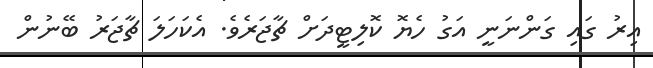
އިރު ގައި ގަންނަނީ އަގު ހެޔޮ ކޮލިޓީދަށް ޗާޖަރެވެ. އެކަހަލަ ޗާޖަރު ބޭނުން